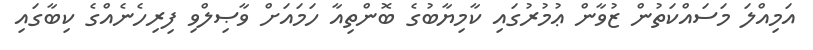
އަމިއްލަ މަސައްކަތުން ޒުވާން ޢުމުރުގައި ކާމިޔާބުގެ ބޮންތިއާ ހަމައަށް ވާޞިލްވި ފިރިހެނެއްގެ ކިބާގައި